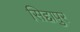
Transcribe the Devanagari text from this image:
सिद्दापुर